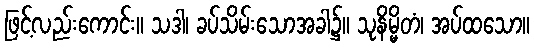
ဖြင့်လည်းကောင်း။ သဒါ၊ ခပ်သိမ်းသောအခါ၌။ သုနိမ္မိတံ၊ အပ်ထသော။